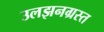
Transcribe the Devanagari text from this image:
उलझनग्रस्त